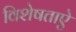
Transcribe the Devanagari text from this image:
विशेषताऐ